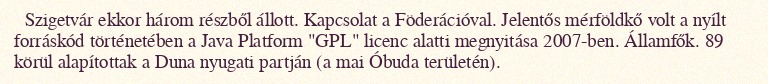
Szigetvár ekkor három részből állott. Kapcsolat a Föderációval. Jelentős mérföldkő volt a nyílt forráskód történetében a Java Platform "GPL" licenc alatti megnyitása 2007-ben. Államfők. 89 körül alapítottak a Duna nyugati partján (a mai Óbuda területén).